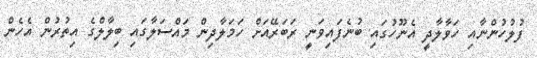
ފުލުހުންނާއި ހަވާލާދީ އެނޫހުގައި ބުނެފައިވަނީ ރަބަރޭއަށް ހަމަލާދިން މައްސަލާގައި ބިލާލްގެ އިތުރުން އެހެން